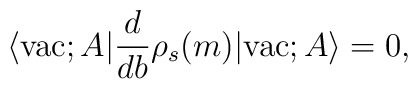
\langle {\rm vac};A |  \frac{d}{db} \rho_{s}(m)  |{\rm vac};A \rangle=  0,